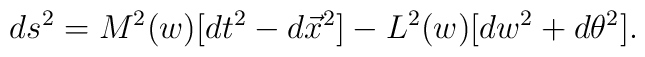
ds^2 = M^2(w) [ dt^2 - d\vec{x}^2 ] -  L^2(w) [ dw^2 + d\theta^2] .